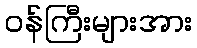
ဝန်ကြီးများအား